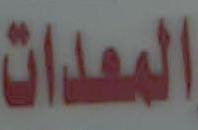
المعدات